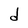
Character: d